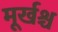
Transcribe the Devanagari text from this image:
मूर्खश्च